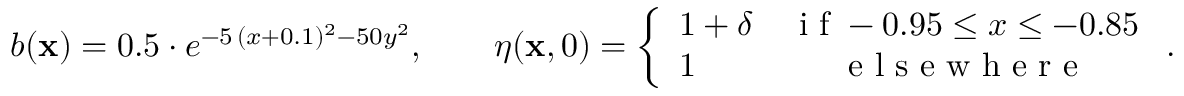
b ( \mathbf { x } ) = 0 . 5 \cdot e ^ { - 5 \, ( x + 0 . 1 ) ^ { 2 } - 5 0 y ^ { 2 } } , \qquad \eta ( \mathbf { x } , 0 ) = \left\{ \begin{array} { l c } { 1 + \delta } & { \textnormal { i f } - 0 . 9 5 \leq x \leq - 0 . 8 5 } \\ { 1 } & { \textnormal { e l s e w h e r e } } \end{array} \right. .